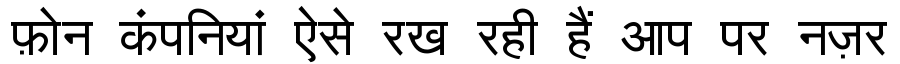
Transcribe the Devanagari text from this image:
फ़ोन कंपनियां ऐसे रख रही हैं आप पर नज़र